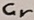
Text: Cr